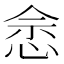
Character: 𢚒